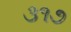
૩૧૭